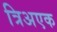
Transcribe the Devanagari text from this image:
त्रिअएक